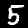
Label: 5